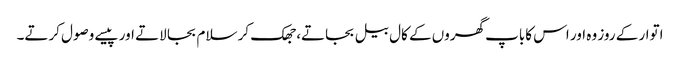
اتوار کے روز وہ اور اس کاباپ گھروں کے کال بیل بجاتے، جھک کر سلام بجا لاتے اور پیسے وصول کرتے۔